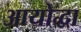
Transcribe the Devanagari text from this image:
आयोद्धा